Bréfritari: Stefanía Siggeirsdóttir
Viðtakandi: Páll Pálsson
Dagsetning: A-1869-11-08
Skrifað á: Hraungerði  Árn.
Stefanía var bróðurdóttir Páls Pálssonar

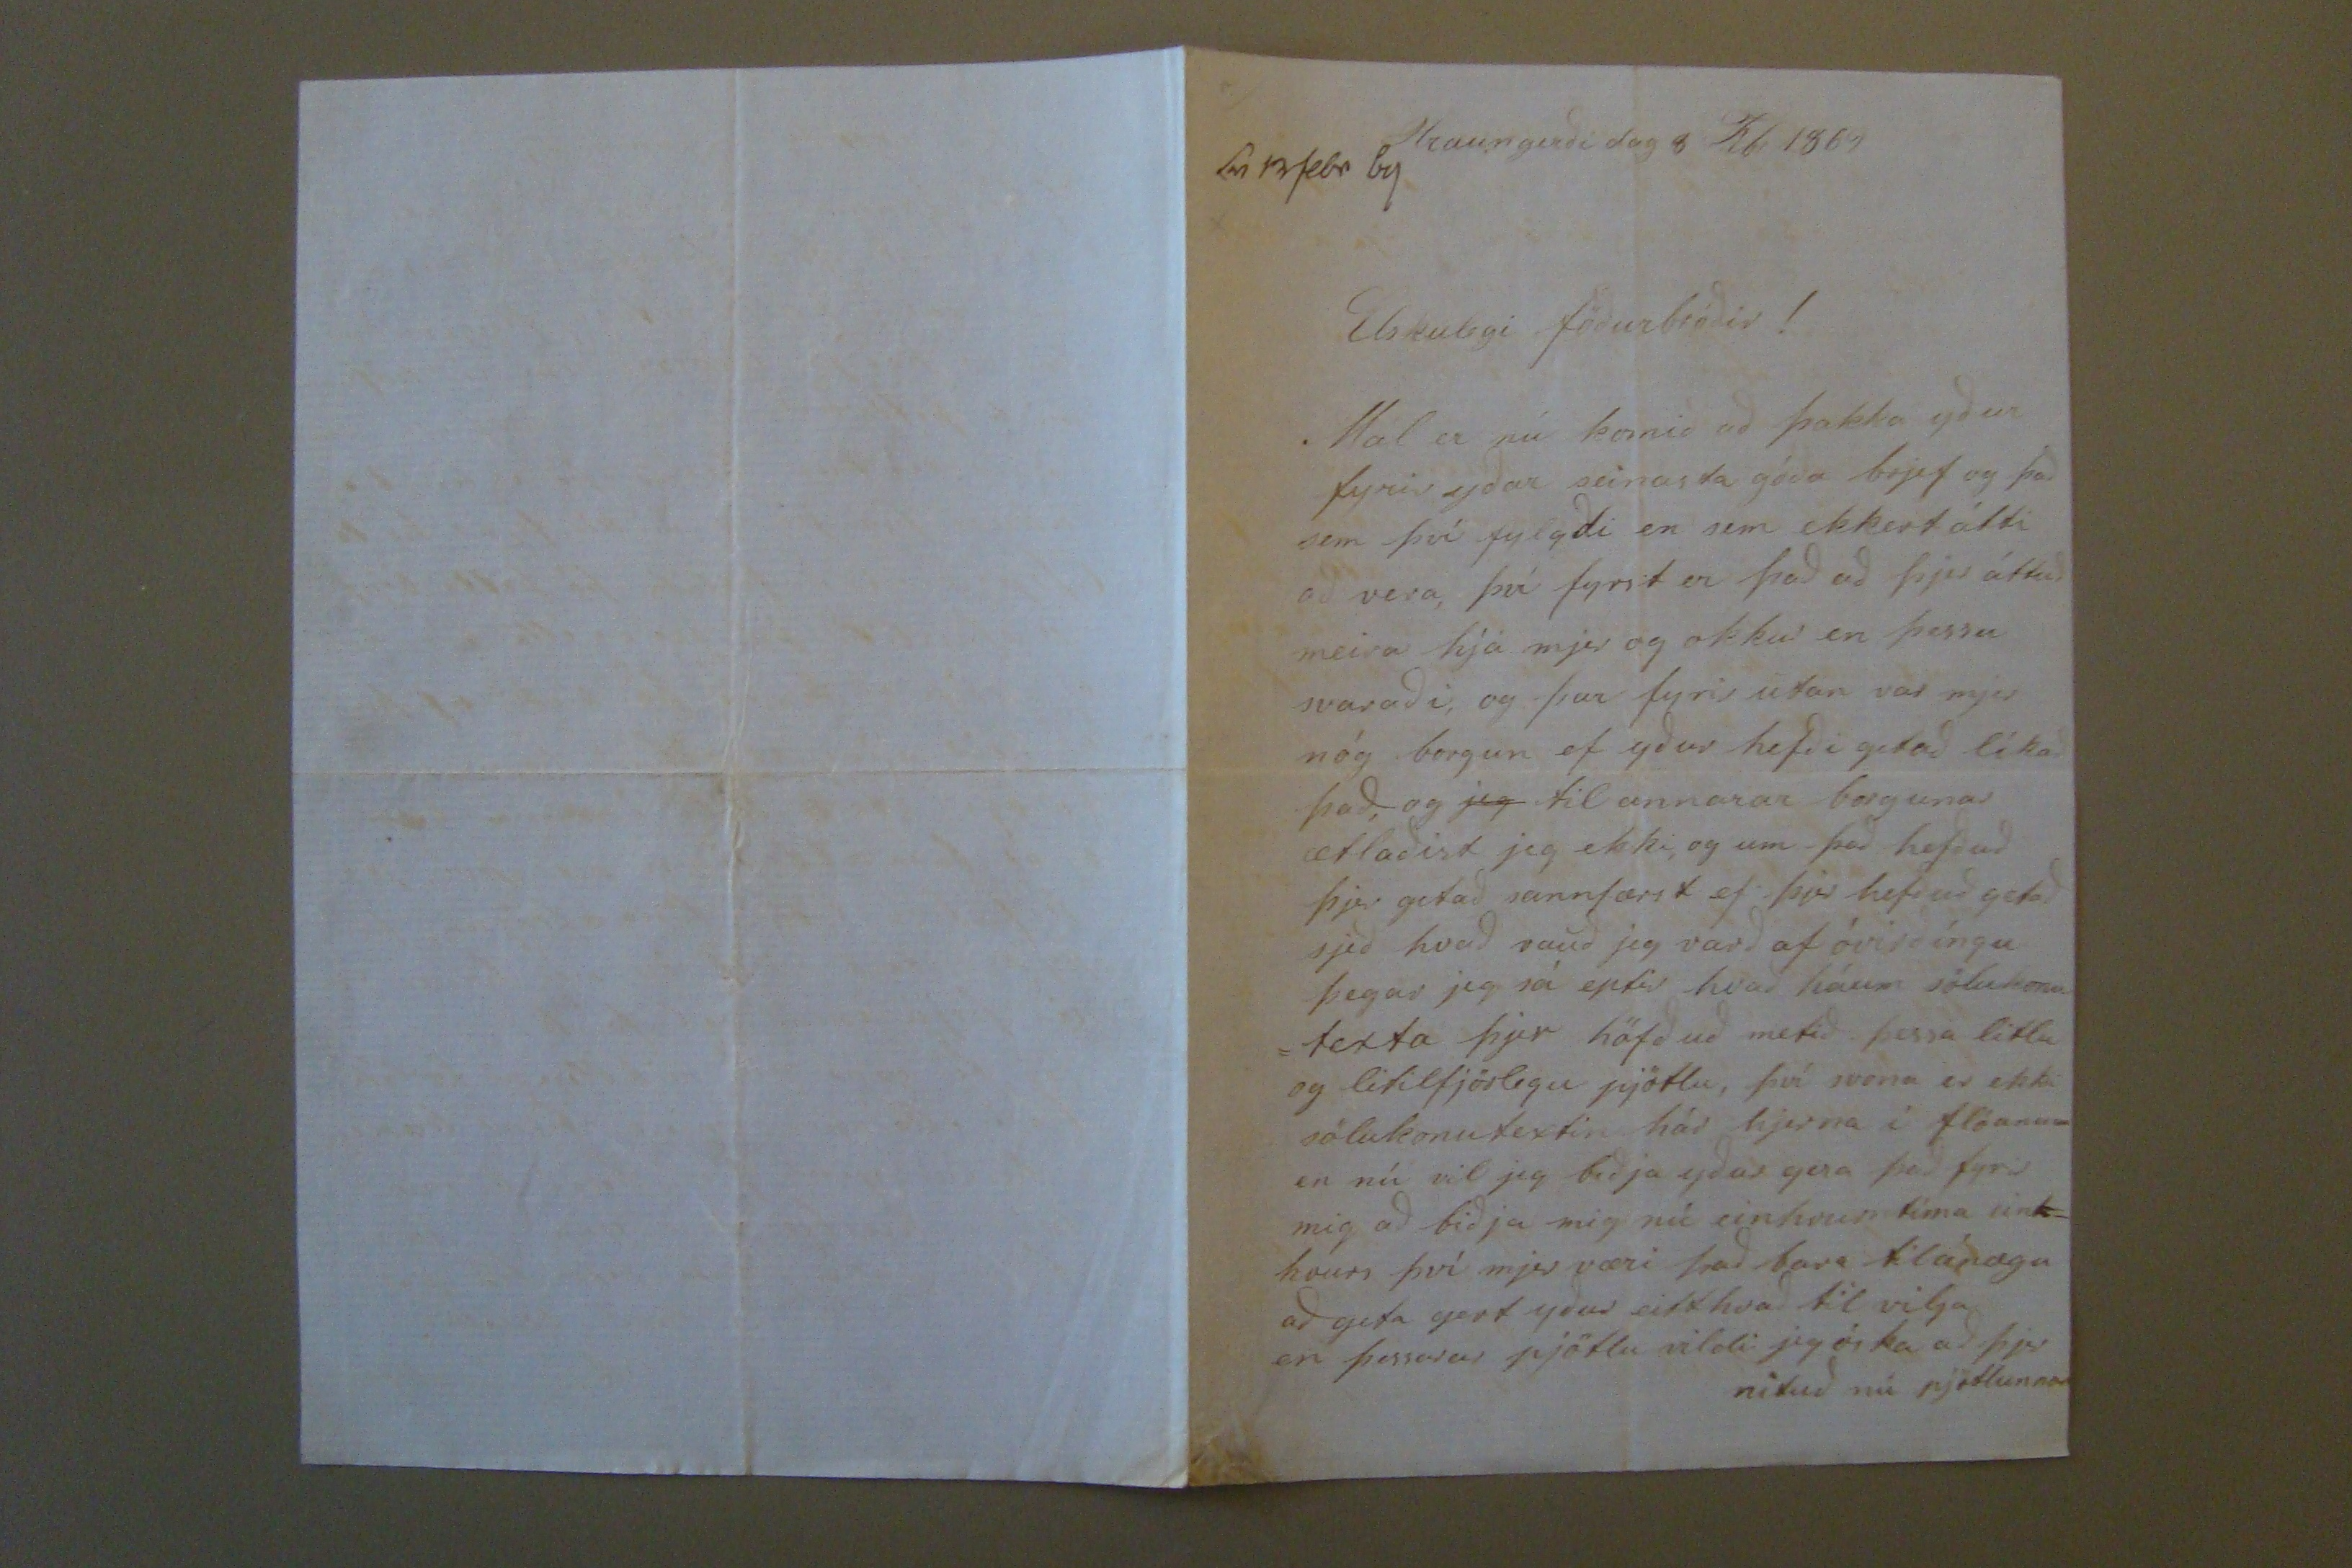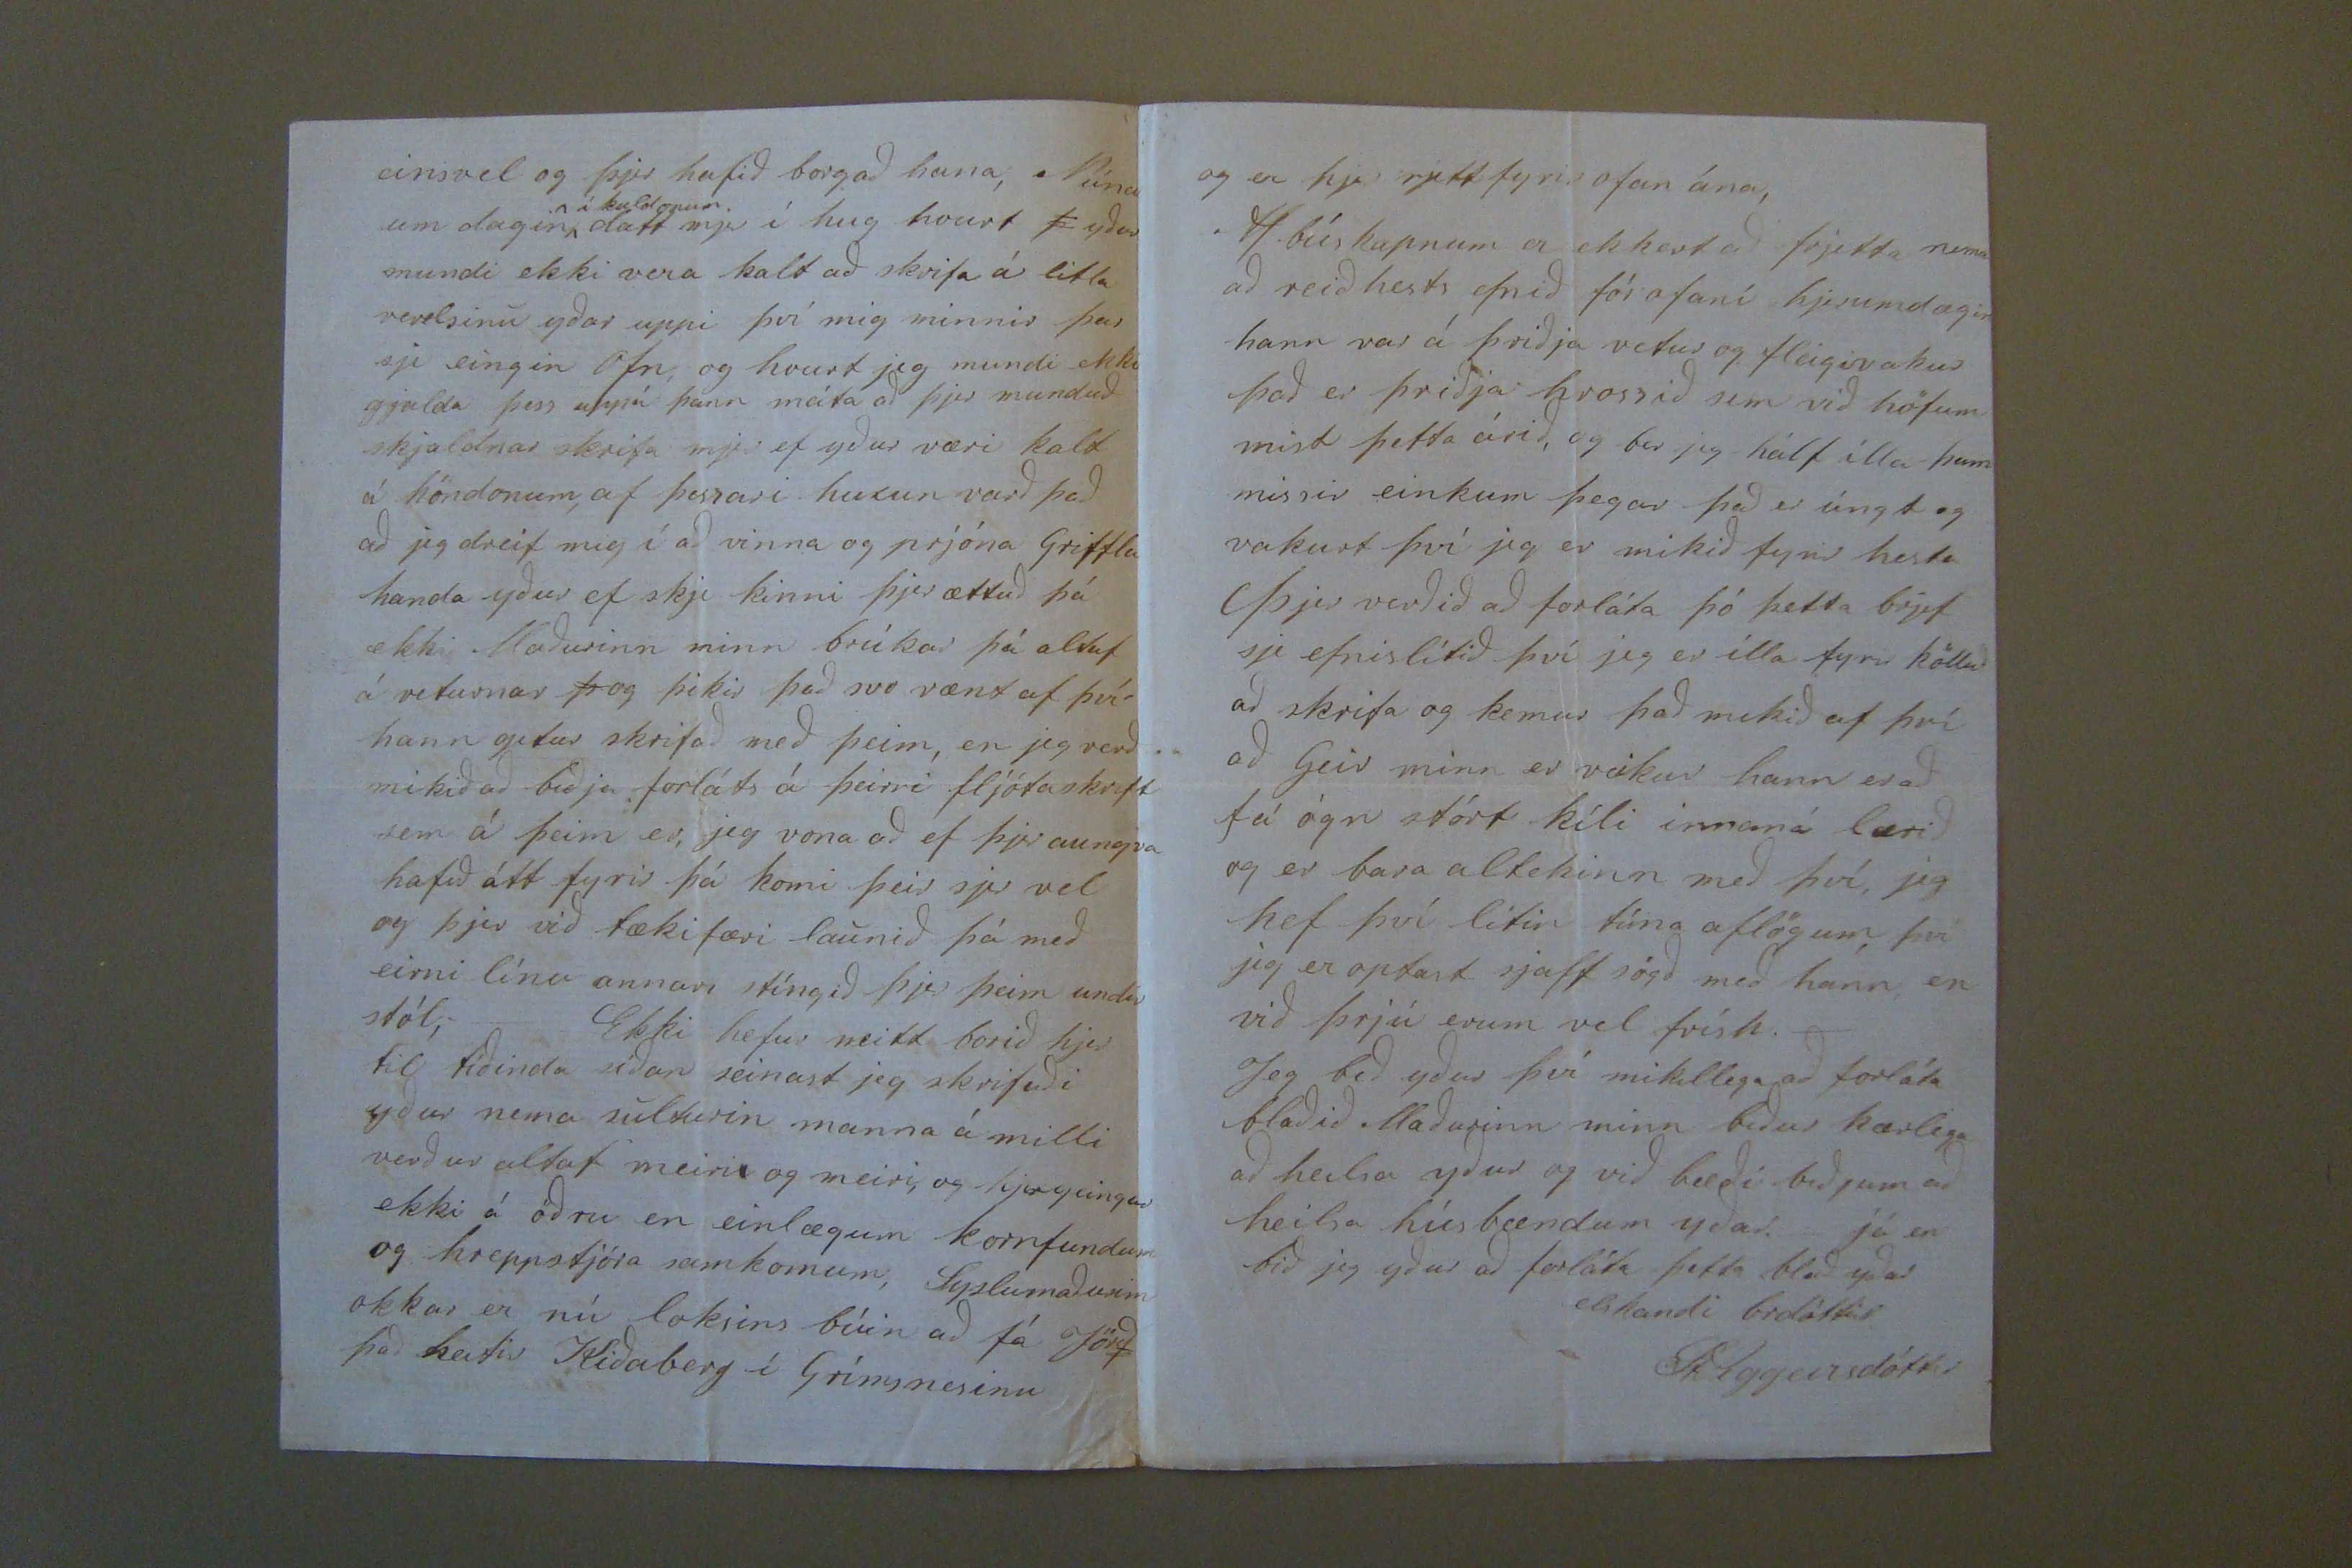

Hraungerði dag 8 Nb: 1869
sv 13 febr 69
Elskulegi föðurbróðir!
Mal er nú komið að þakka yður fyrir yðar seinasta góða brjef og það sem því fylgdi en sem ekkert átti að vera, því fyrst en það að þjer áttuð meira hjá mjer og okkkur en þessu svaraði, og þvi fyrir utan var mjer nóg borgun ef yður hefði getað líkað það, og
jeg
til annarar borgunar ætlaðist jeg ekki, og um það hefðuð þjer getað sannfærst ef þjer hefðuð getað sjeð hvað rauð jeg varð af óvirðíngu þegar jeg sá eptir hvað háum sölukonu = texta þjer höfðuð metið þessa litlu og litilfjörlegu pjötlu, því svona er ekki sölukonutextin hár hjerna í flóanum en nú vil jeg biðja yður gera það fyrir mig að biðja mig nú einhvurn tíma ein
k
= hvurs því mjer væri það bara til ánægu að geta gert yður eitthvað til vilja en þessarar pjötlu vildi jeg óska að þjer nituð nú pjötlunnar
einsvel og þjer hafið borgað hana, Núna um dagin
í kuldonum
datt mjer í hug hvurt
þ
yður mundi ekki vera kalt að skrifa á litla verelsinu yðar uppi því mig minnir þar sje eingin ofn, og hvurt jeg mundi ekki gjalda þess uppá þann máta að þjer munduð skjaldnar skrifa mjer ef yður væri kalt á höndonum, af þessari huxun varð það að jeg dreif mig í að vinna og prjóna Griffla handa yður ef skje kinni þjer ættuð þá ekki Maðurinn minn brúkar þá altaf á veturnar
þ
og þikir það svo vænt af því hann getur skrifað með þeim, en jeg verð mikið að biðja forláts á þeirri fljótaskrift sem á þeim er, jeg vona að ef þjer aungva hafið átt fyrir þá komi þeir sjer vel og þjer við tækifæri launið þá með eirni línu annars stíngið þjer þeim undir stól,_ Ekki hefur neitt borið hjer til tíðinda síðan seinast jeg skrifaði yður nema sulturin manna á milli verður altaf meiri og meiri, og hjer geingur ekki á öðru en einlægum kornfundum og hreppstjóra samkomum; Syslumaðurinn okkar er nú loksins búin að fá Jörð það heitir Kiðaberg í Grímsnesinu
og er hjer rjett fyrir ofan ána, Af búskepnum er ekkert að frjetta nema að reiðhests efnið fór ofan í hjerumdægin hann var á þriðja vetur og fleigivakur það er þriðja hrossið sem við höfum mist þetta árið, og ber jeg hálf illa þann missir einkum þegar það er úngt og vakurt því jeg er mikið fyrir hesta (Þjer verðið að forláta þó þetta brjef sje efnislítið því jeg er illa fyrir kölluð að skrifa og kemur það mikið af því að Geir minn er veikur hann er að fá ógn stórt kíli innan á lærið og er bara altekinn með því, jeg hef því lítin tíma aflögum því jeg er optast sjalfsögð með hann en við þrjú erum vel frísk._ Jeg bið yður því mikillega að forláta blaðið Maðurinn minn biður kærlega að heilsa yður og við bæði biðjum að heilsa húsbændum yðar._ já en bið jeg yður að forláta þetta blað yðar elskandi brdóttir
StSiggeirsdóttir